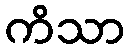
ကိသာ